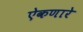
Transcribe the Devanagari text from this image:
ऐकणारे